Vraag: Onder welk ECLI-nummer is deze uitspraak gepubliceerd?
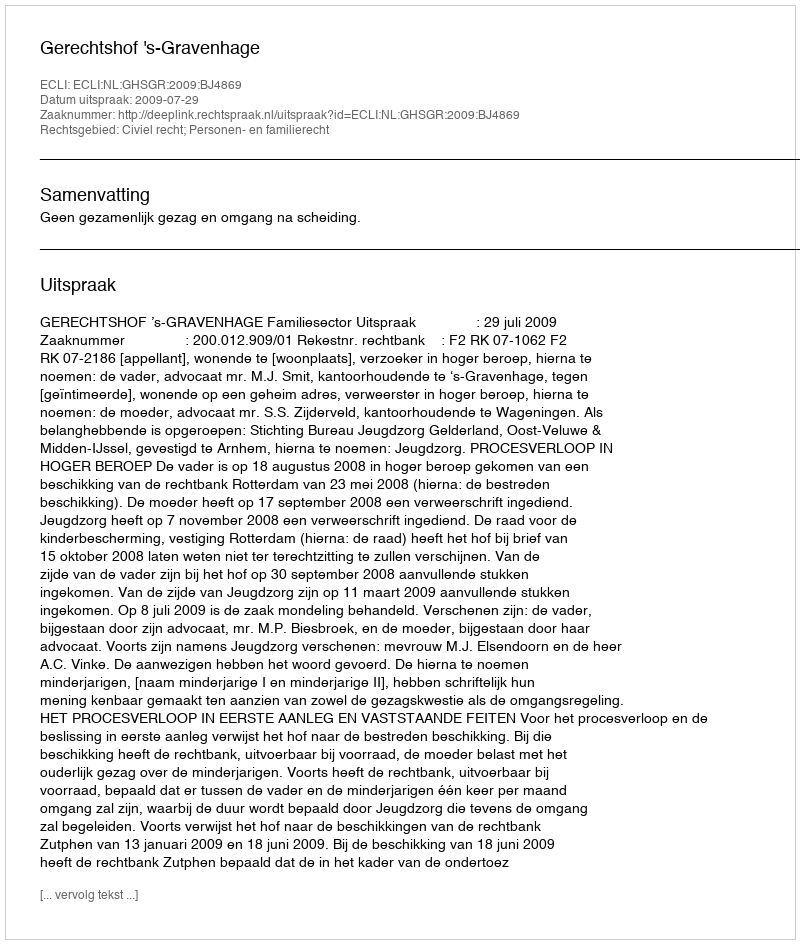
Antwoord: ECLI:NL:GHSGR:2009:BJ4869